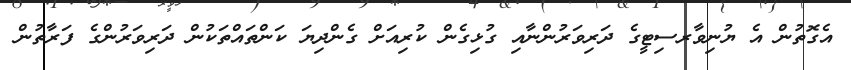
އެގޮތުުން އެ ޔުނިވާރސިޓީގެ ދަރިވަރުންނާއި ގުޅިގެން ކުރިއަށް ގެންދިޔަ ކަންތައްތަކުން ދަރިވަރުންގެ ފަރާތުން